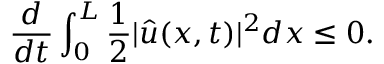
\frac { d } { d t } \int _ { 0 } ^ { L } \frac { 1 } { 2 } | \hat { u } ( x , t ) | ^ { 2 } d x \le 0 .